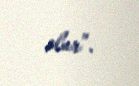
olur”.